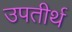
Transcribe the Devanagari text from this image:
उपतीर्थ